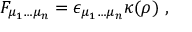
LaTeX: F _ { \mu _ { 1 } \dots \mu _ { n } } = \epsilon _ { \mu _ { 1 } \dots \mu _ { n } } \kappa ( \rho ) ~ ,